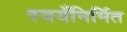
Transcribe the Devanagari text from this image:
स्वयँनिर्मित